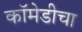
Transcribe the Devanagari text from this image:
कॉमेडीचा